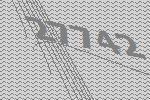
27742